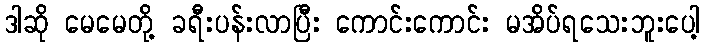
ဒါဆို မေမေတို့ ခရီးပန်းလာပြီး ကောင်းကောင်း မအိပ်ရသေးဘူးပေါ့